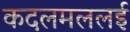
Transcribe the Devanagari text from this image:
कदलमललई